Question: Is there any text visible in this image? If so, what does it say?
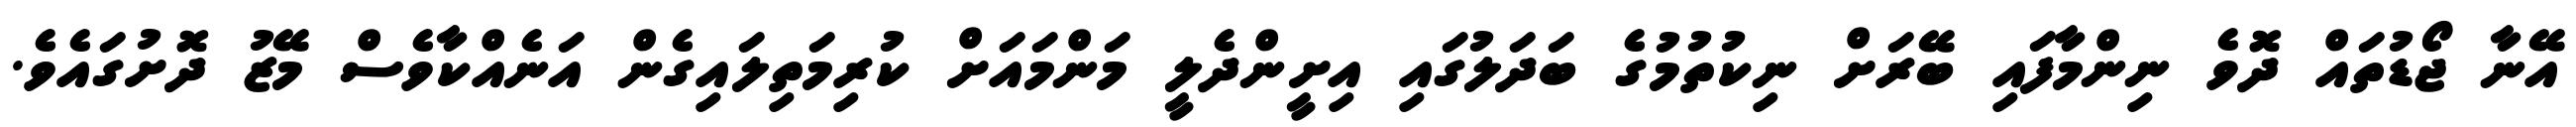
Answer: އޭނާ ޖޯޑުތައް ދޮވެ ނިންމާފައި ބޭރަށް ނިކުތުމުގެ ބަދަލުގައި އިށީންދެލީ މަންމައަށް ކުރިމަތިލައިގެން އަނެއްކާވެސް މޭޒު ދޮށުގައެވެ.